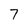
Character: 7